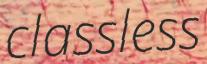
classless